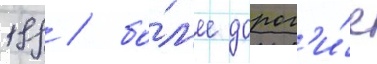
199 / бо́л'ее дорог'и́е